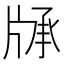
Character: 𤗓